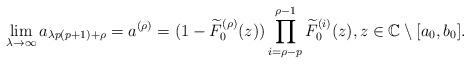
LaTeX: \begin{align*}\lim_{\lambda\rightarrow\infty} a_{\lambda p(p+1)+\rho}=a^{(\rho)}=(1-\widetilde{F}_{0}^{(\rho)}(z)) \prod_{i=\rho-p}^{\rho-1} \widetilde{F}_{0}^{(i)}(z),z\in\mathbb{C}\setminus[a_{0},b_{0}].\end{align*}